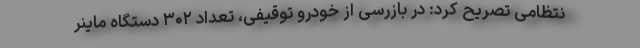
نتظامی تصریح کرد: در بازرسی از خودرو توقیفی، تعداد ۳۰۲ دستگاه ماینر